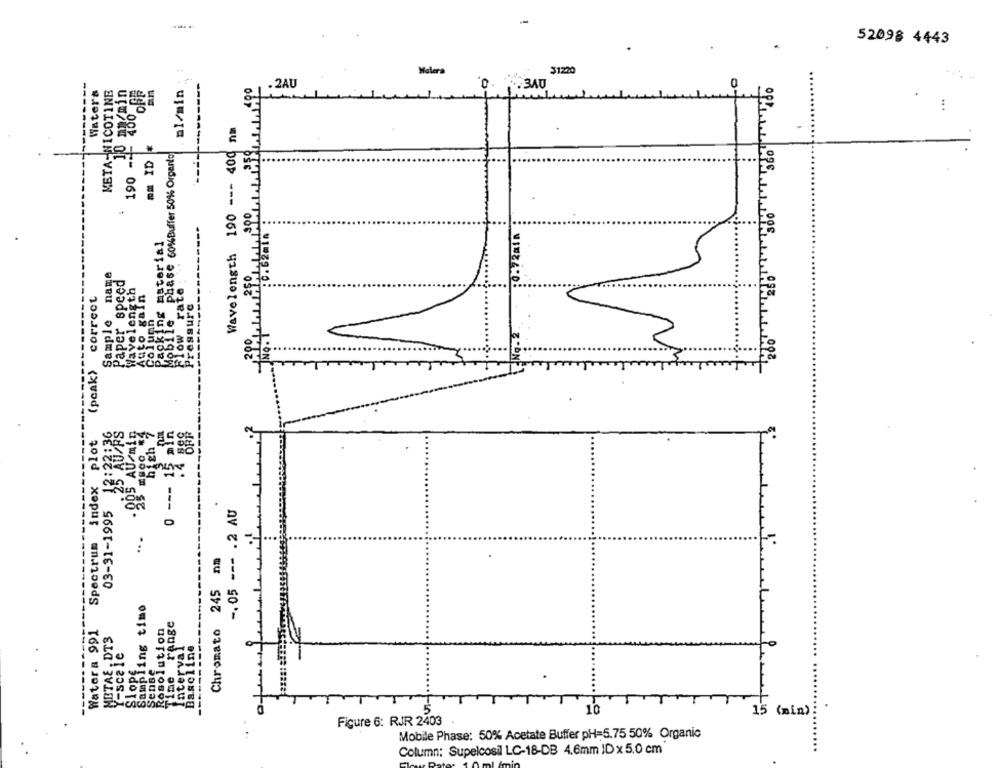
....
.
52098 4443
Malera
31220
2001 500 360
Waters
META-NICOTINE
m/min
al/min
.2AU
0.
+ 340
400
:
-
190 ---
phase 60%Buffer 50%% Orgento
Wavelength 190 --- 400
mm ID
:0-72min
Packing material
name
Paper speed
Wavelength
Flow rate
correct
Auto gain
Pressure
Mobile
Sample
Column
(peak>
AUFS
15 "
plot
AU
Spectrum index
03-31-1995
-. 05 --- . 2 AU
nm
Chromato 245
Sampling timo
Time range
Watera 991
Rosolution
METAE , DT3
----------
Interval
Baseline
Y-scale
Slope
Sense
TS
10
15 (min)
Figure 6: RJR 2403
Mobile Phase: 50% Acetate Buffer pH=5.75 50% Organic
Column: Supelcosil LC-18-DB 4.6mm IDx5.0 cm